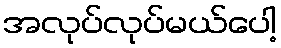
အလုပ်လုပ်မယ်ပေါ့